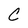
Character: C